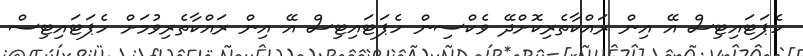
ހެޕަޓައިޓިސް އޭ އިން ރަައްކާތެރިކޮށްދޭ ވެކްސިން ހެޕަޓައިޓިސް އޭ އިން ރައްކާތެރިވުމަށް ހެޕަޓައިޓިސް